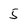
Character: 5